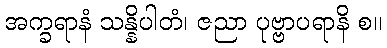
အက္ခရာနံ သန္နိပါတံ၊ ဇညာ ပုဗ္ဗာပရာနိ စ။